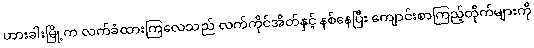
ဟားခါးမြို့က လက်ခံထားကြလေသည် လက်ကိုင်အိတ်နှင့် နစ်နေပြီး ကျောင်းစာကြည့်တိုက်များကို